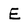
Character: E